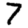
Digit: 7